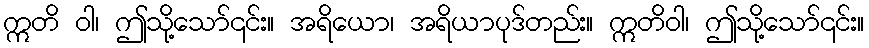
ဣတိ ဝါ၊ ဤသို့သော်၎င်း။ အရိယော၊ အရိယာပုဒ်တည်း။ ဣတိဝါ၊ ဤသို့သော်၎င်း။